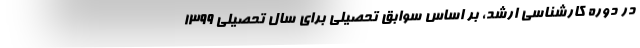
در دوره کارشناسی ارشد، بر اساس سوابق تحصیلی برای سال تحصیلی ۱۳۹۹